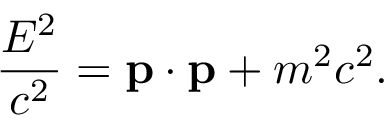
{ \frac { E ^ { 2 } } { c ^ { 2 } } } = \mathbf { p } \cdot \mathbf { p } + m ^ { 2 } c ^ { 2 } .